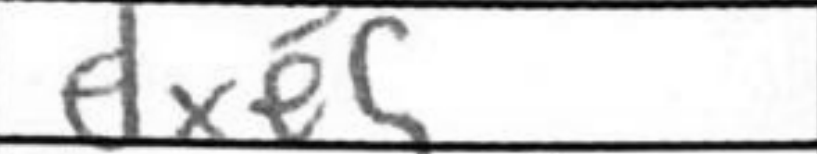
Transcription: dxe5